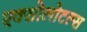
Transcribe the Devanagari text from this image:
एक्सोलोटल्स